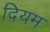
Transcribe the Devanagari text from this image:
दियम